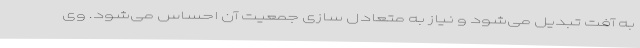
به آفت تبدیل می‌شود و نیاز به متعادل سازی جمعیت آن احساس می‌شود. وی